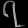
Digit: ၇